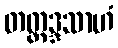
တတ္ထဒ္ဒသာဟံ